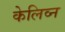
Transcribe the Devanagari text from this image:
केलिव्न